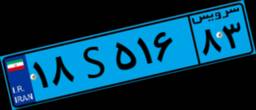
۰۸S۹۷۷۸۳